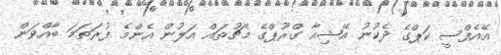
އޭއެފްސީ ކަޕްގެ ދެކުނު އޭޝިއާ ގްރޫޕްގެ މެޗުތައް އަލުން އެންމެ ފުރަތަމަ ބާއްވަން